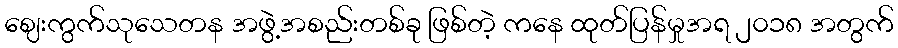
ဈေးကွက်သုသေတန အဖွဲ့အစည်းတစ်ခု ဖြစ်တဲ့ ကနေ ထုတ်ပြန်မှုအရ ၂၀၁၈ အတွက်